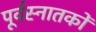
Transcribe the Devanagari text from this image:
पूर्वस्नातकों